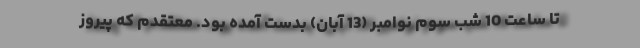
تا ساعت 10 شب سوم نوامبر (13 آبان) بدست آمده بود. معتقدم که پیروز